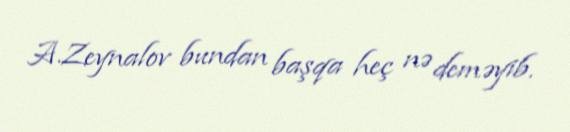
A.Zeynalov bundan başqa heç nə deməyib.